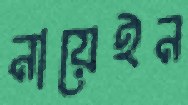
নায়েইন